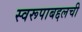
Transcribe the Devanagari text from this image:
स्वरूपाबद्दलची